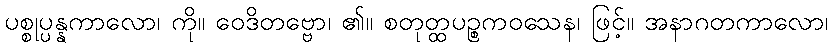
ပစ္စုပ္ပန္နကာလော၊ ကို။ ဝေဒိတဗ္ဗော၊ ၏။ စတုတ္ထပဉ္စကဝသေန၊ ဖြင့်။ အနာဂတကာလော၊